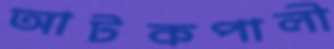
আটকপালী